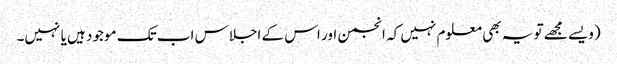
(ویسے مجھے تو یہ بھی معلوم نہیں کہ انجمن اور اس کے اجلاس اب تک موجود ہیں یا نہیں۔